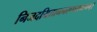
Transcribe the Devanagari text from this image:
निजदयिताननरूपसमानम्।